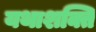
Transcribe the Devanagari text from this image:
यथाशक्ति